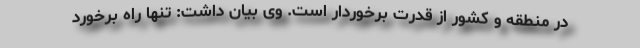
در منطقه و کشور از قدرت برخوردار است. وی بیان داشت: تنها راه برخورد